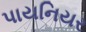
પાયનિયર